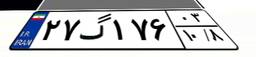
۲۷گ۱۷۶۰۳